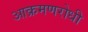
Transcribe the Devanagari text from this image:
आक्रमणरोधी